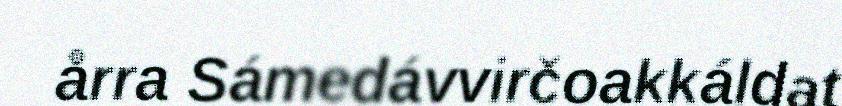
årra Sámedávvirčoakkáldat